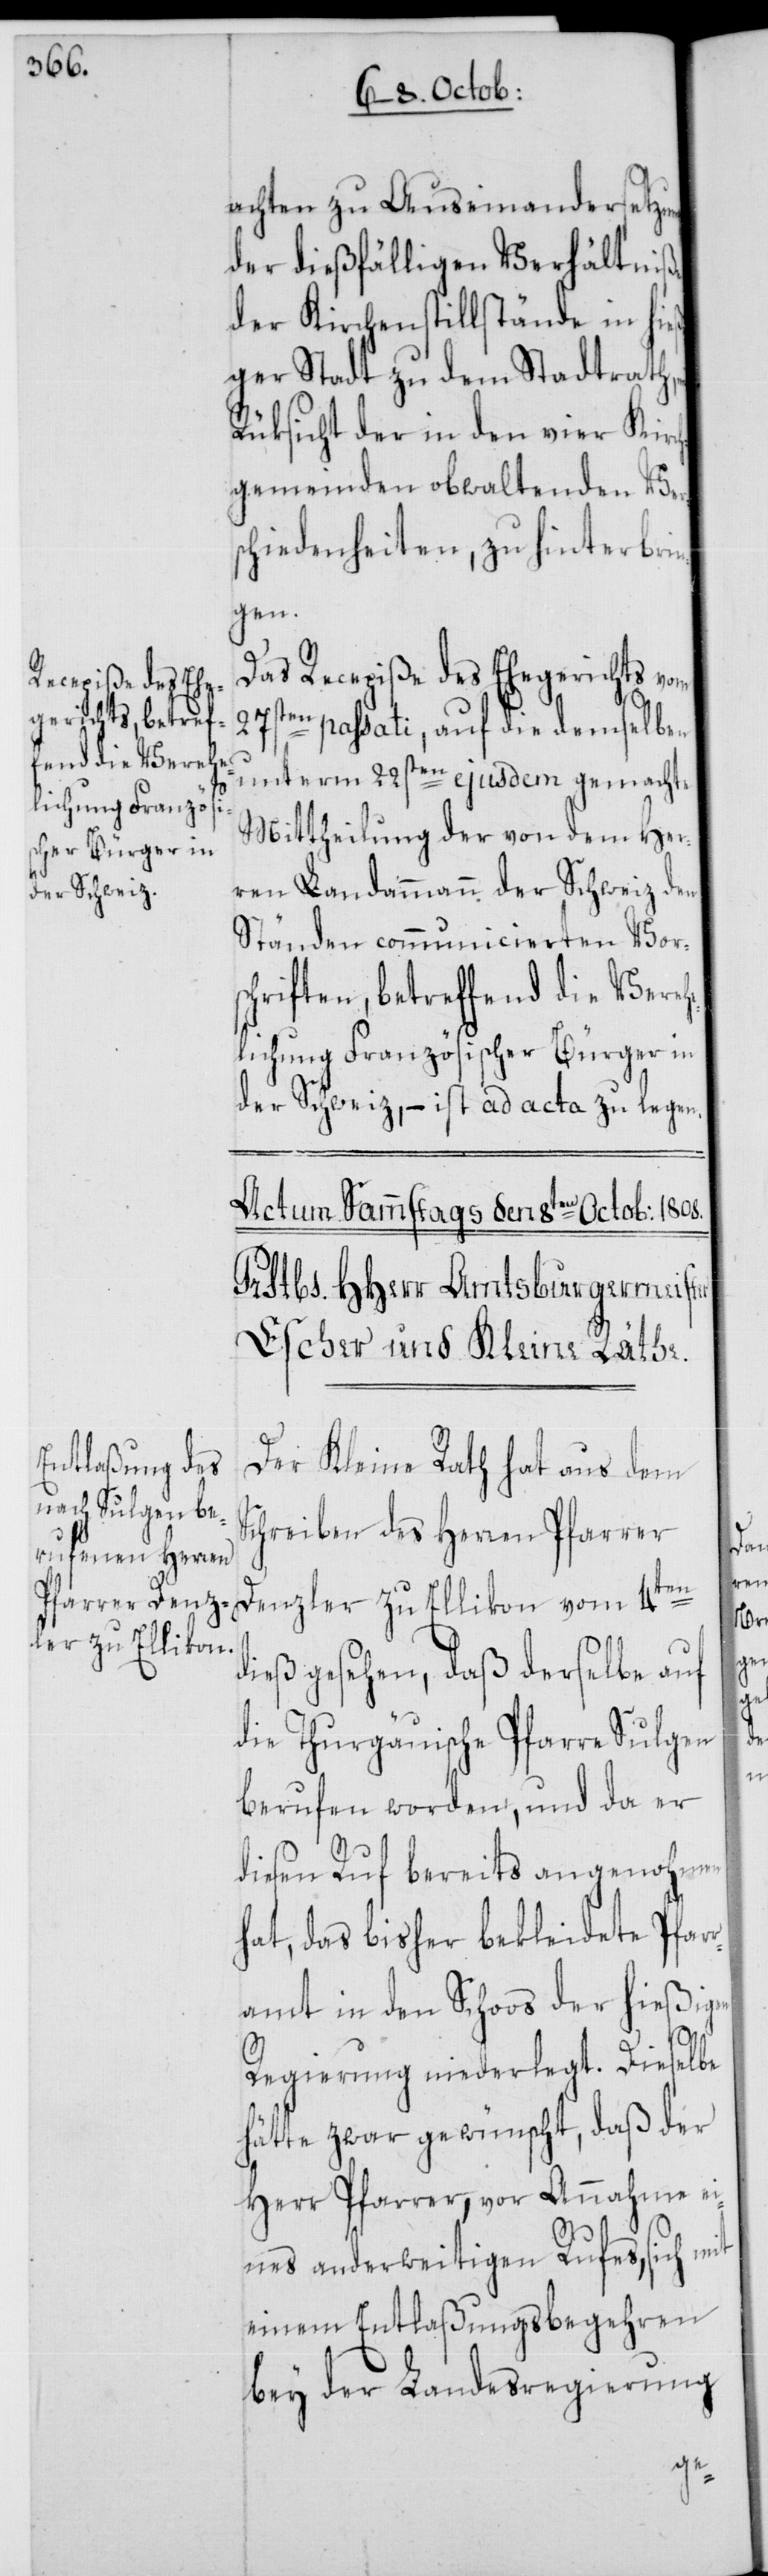
achten zu Auseinandersetzung
der dießfälligen Verhältniße
der Kirchenstillstände in hieß¬
iger Stadt zu dem Stadtrath,
Rüksicht der in den vier Kirc¬
hgemeinden obwaltenden Ver¬
schiedenheiten, zu hinterbrin¬
gen.
Das Recepiße des Ehegerichts vom
27sten passati, auf die demselben
unterm 22sten ejusdem gemachte
Mittheilung der von dem Her¬
ren Landammann der Schweiz den
Ständen communicierten Vors¬
chriften, betreffend die Vereh¬
elichung Französischer Bürger in
der Schweiz, – ist ad acta zu legen.
Der Kleine Rath hat aus dem
Schreiben des Herren Pfarrer
Denzler zu Ellikon vom 4ten
dieß gesehen, daß derselbe auf
die Thurgäuische Pfarre Sulgen
berufen worden, und da er
diesen Ruf bereits angenohmen
hat, das bisher bekleidete Pfar¬
ramt in den Schoos der hießigen
Regierung niederlegt. Dieselbe
hätte zwar gewünscht, daß der
Herr Pfarrer, vor Annahme e¬
ines anderweitigen Rufes, sich mit
einem Entlaßungsbegehren
bey der Landesregierung